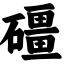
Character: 礓